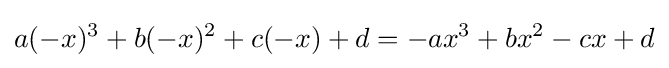
a(-x)^{3}+b(-x)^{2}+c(-x)+d=-ax^{3}+bx^{2}-cx+d